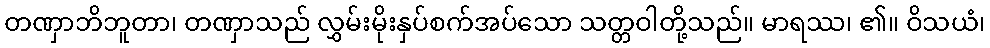
တဏှာဘိဘူတာ၊ တဏှာသည် လွှမ်းမိုးနှပ်စက်အပ်သော သတ္တဝါတို့သည်။ မာရဿ၊ ၏။ ဝိသယံ၊